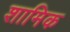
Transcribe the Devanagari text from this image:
शामिक